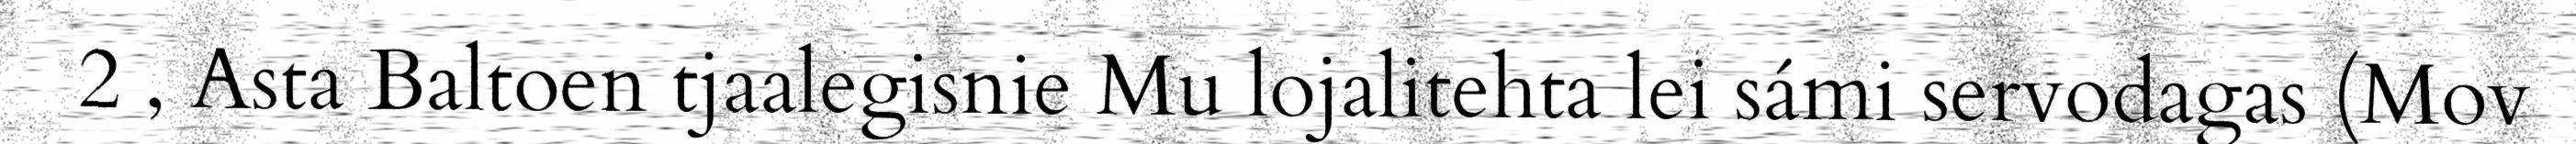
2 , Asta Baltoen tjaalegisnie Mu lojalitehta lei sámi servodagas (Mov